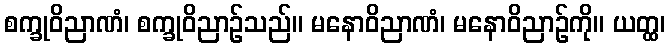
စက္ခုဝိညာဏံ၊ စက္ခုဝိညာဉ်သည်။ မနောဝိညာဏံ၊ မနောဝိညာဉ်ကို။ ယတ္ထ၊